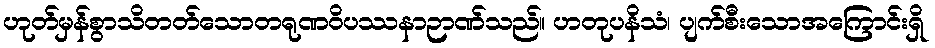
ဟုတ်မှန်စွာသိတတ်သောတရုဏဝိပဿနာဉာဏ်သည်။ ဟတုပနိသံ၊ ပျက်စီးသောအကြောင်းရှိ